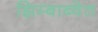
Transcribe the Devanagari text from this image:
झिम्बाब्वेत